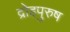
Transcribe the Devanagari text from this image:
द्रोहपुरुष